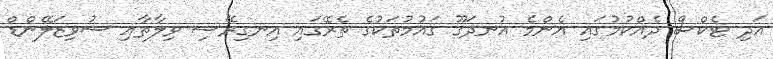
އަދި ޓެކްސް ދެއްކުމުގައި އެންމެ އުނދަގޫ ގައުމުތަކުގެ ތެރޭގައި އިނގިރޭސި ވިލާތާއި ސުވިޒަލޭންޑް